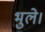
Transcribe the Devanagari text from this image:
भुले।